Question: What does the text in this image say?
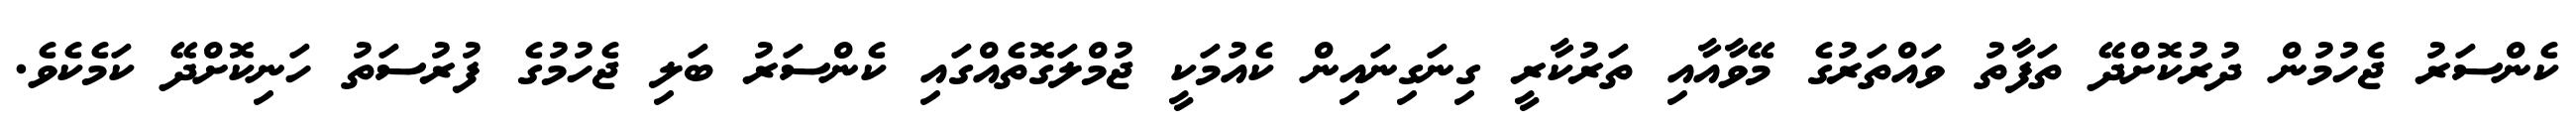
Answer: ކެންސަރު ޖެހުމުން ދުރުކޮށްދޭ ތަފާތު ވައްތަރުގެ މޭވާއާއި ތަރުކާރީ ގިނަގިނައިން ކެއުމަކީ ޖުމްލަގޮތެއްގައި ކެންސަރު ބަލި ޖެހުމުގެ ފުރުސަތު ހަނިކޮށްދޭ ކަމެކެވެ.